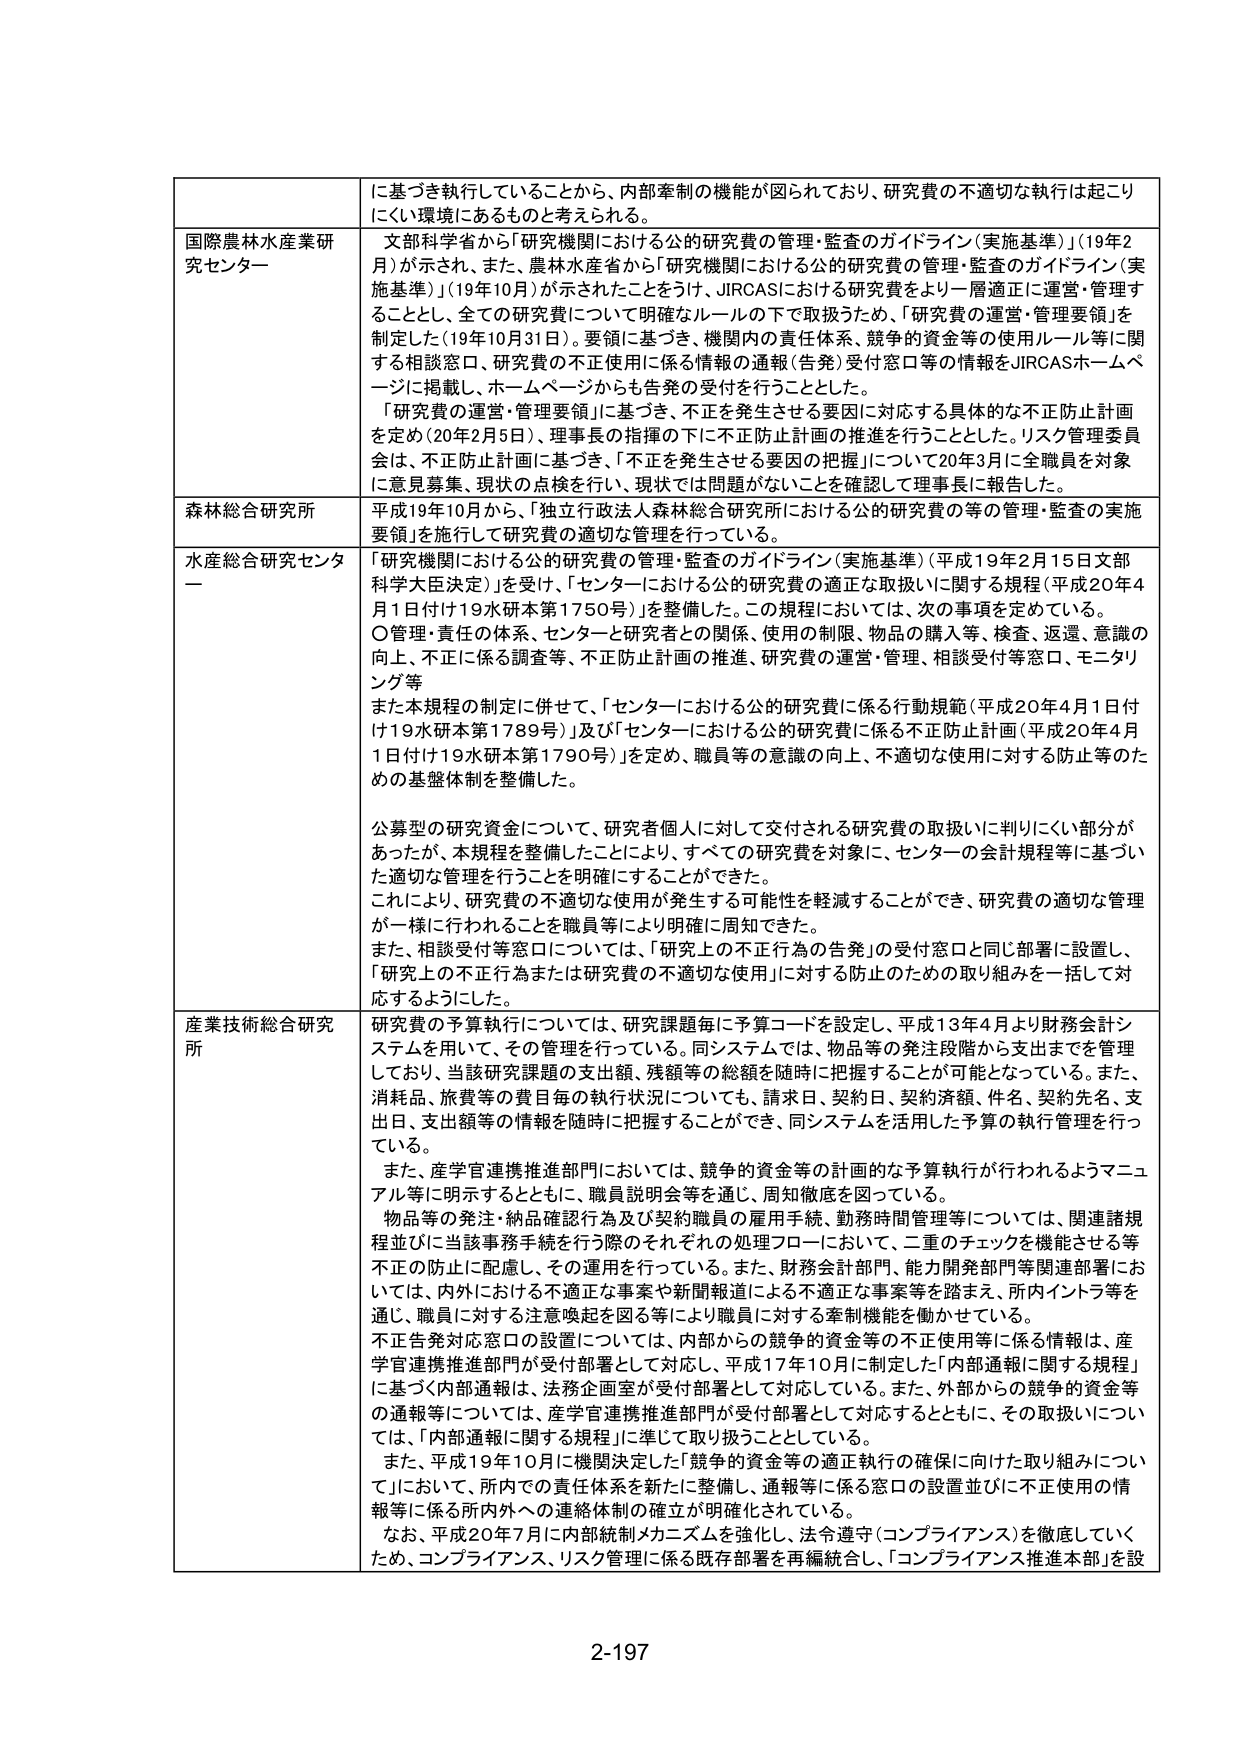
に基づき執行していることから、内部牽制の機能が図られており、研究費の不適切な執行は起こりにくい環境にあるものと考えられる。

国際農林水産業研究センター
文部科学省から「研究機関における公的研究費の管理・監査のガイドライン（実施基準）」（19年2月）が示され、また、農林水産省から「研究機関における公的研究費の管理・監査のガイドライン（実施基準）」（19年10月）が示されたことをうけ、JIRCASにおける研究費をより一層適正に運営・管理することとし、全ての研究費について明確なルールの下で取扱うため、「研究費の運営・管理要領」を制定した（19年10月31日）。要領に基づき、機関内の責任体系、競争的資金等の使用ルール等に関する相談窓口、研究費の不正使用に係る情報の通報（告発）受付窓口等の情報をJIRCASホームページに掲載し、ホームページからも告発の受付を行うこととした。
「研究費の運営・管理要領」に基づき、不正を発生させる要因に対応する具体的な不正防止計画を定め（20年2月5日）、理事長の指揮の下に不正防止計画の推進を行うこととした。リスク管理委員会は、不正防止計画に基づき、「不正を発生させる要因の把握」について20年3月に全職員を対象に意見募集、現状の点検を行い、現状では問題がないことを確認して理事長に報告した。

森林総合研究所
平成19年10月から、「独立行政法人森林総合研究所における公的研究費の等の管理・監査の実施要領」を施行して研究費の適切な管理を行っている。

水産総合研究センター
「研究機関における公的研究費の管理・監査のガイドライン（実施基準）（平成19年2月15日文部科学大臣決定）」を受け、「センターにおける公的研究費の適正な取扱いに関する規程（平成20年4月1日付け19水研本第1750号）」を整備した。この規程においては、次の事項を定めている。
〇管理・責任の体系、センターと研究者との関係、使用の制限、物品の購入等、検査、返還、意識の向上、不正に係る調査等、不正防止計画の推進、研究費の運営・管理、相談受付等窓口、モニタリング等
また本規程の制定に併せて、「センターにおける公的研究費に係る行動規範（平成20年4月1日付け19水研本第1789号）」及び「センターにおける公的研究費に係る不正防止計画（平成20年4月1日付け19水研本第1790号）」を定め、職員等の意識の向上、不適切な使用に対する防止等のための基盤体制を整備した。
公募型の研究資金について、研究者個人に対して交付される研究費の取扱いに判りにくい部分があったが、本規程を整備したことにより、すべての研究費を対象に、センターの会計規程等に基づいた適切な管理を行うことを明確にすることができた。
これにより、研究費の不適切な使用が発生する可能性を軽減することができ、研究費の適切な管理が一様に行われることを職員等により明確に周知できた。
また、相談受付等窓口については、「研究上の不正行為の告発」の受付窓口と同じ部署に設置し、「研究上の不正行為または研究費の不適切な使用」に対する防止のための取り組みを一括して対応するようにした。

産業技術総合研究所
研究費の予算執行については、研究課題毎に予算コードを設定し、平成13年4月より財務会計システムを用いて、その管理を行っている。同システムでは、物品等の発注段階から支出までを管理しており、当該研究課題の支出額、残額等の総額を随時に把握することが可能となっている。また、消耗品、旅費等の費目毎の執行状況についても、請求日、契約日、契約済額、件名、契約先名、支出日、支出額等の情報を随時に把握することができ、同システムを活用した予算の執行管理を行っている。
また、産学官連携推進部門においては、競争的資金等の計画的な予算執行が行われるようマニュアル等に明示するとともに、職員説明会等を通じ、周知徹底を図っている。
物品等の発注・納品確認行為及び契約職員の雇用手続、勤務時間管理等については、関連諸規程並びに当該事務手続を行う際のそれぞれの処理フローにおいて、二重のチェックを機能させる等不正の防止に配慮し、その運用を行っている。また、財務会計部門、能力開発部門等関連部署においては、内外における不適正な事案や新聞報道による不適正な事案等を踏まえ、所内イントラ等を通じ、職員に対する注意喚起を図る等により職員に対する牽制機能を働かせている。
不正告発対応窓口の設置については、内部からの競争的資金等の不正使用等に係る情報は、産学官連携推進部門が受付部署として対応し、平成17年10月に制定した「内部通報に関する規程」に基づく内部通報は、法務企画室が受付部署として対応している。また、外部からの競争的資金等の通報等については、産学官連携推進部門が受付部署として対応するとともに、その取扱いについては、「内部通報に関する規程」に準じて取り扱うこととしている。
また、平成19年10月に機関決定した「競争的資金等の適正執行の確保に向けた取り組みについて」において、所内での責任体系を新たに整備し、通報等に係る窓口の設置並びに不正使用の情報等に係る所内外への連絡体制の確立が明確化されている。
なお、平成20年7月に内部統制メカニズムを強化し、法令遵守（コンプライアンス）を徹底していくため、コンプライアンス、リスク管理に係る既存部署を再編統合し、「コンプライアンス推進本部」を設

2-197